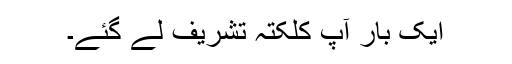
ایک بار آپ کلکتہ تشریف لے گئے۔